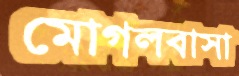
মোগলবাসা